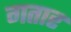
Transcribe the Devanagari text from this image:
गतार